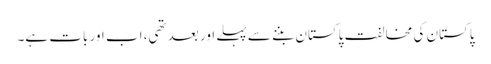
پاکستان کی مخالفت پاکستان بننے سے پہلے اور بعد تھی، اب اور بات ہے۔